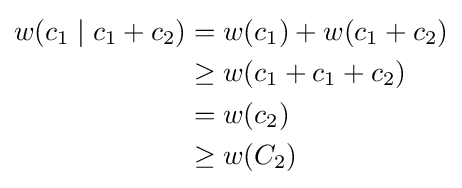
{\begin{aligned}w(c_{1}\mid c_{1}+c_{2})&=w(c_{1})+w(c_{1}+c_{2})\\&\geq w(c_{1}+c_{1}+c_{2})\\&=w(c_{2})\\&\geq w(C_{2})\end{aligned}}